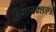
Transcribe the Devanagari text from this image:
विमानक्शःएत्रों